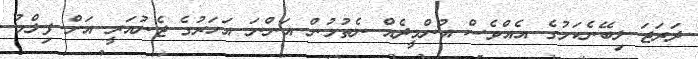
ދަރަޖަ ލިބޭނެކަމުގެ އެއްވެސް އުންމީދެއް ނެތުމުން އަންނަ އަހަރުގެ ޖެނުއަރީ އަށް ފިލްމު